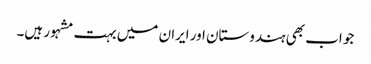
جو اب بھی ہندوستان اور ایران میں بہت مشہور ہیں۔